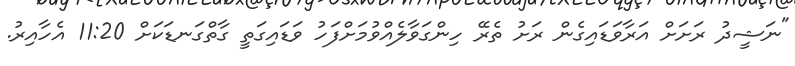
"ނަޝީދު ރަށަށް އަރާވަޑައިގެން ރަށު ތެރޭ ހިންގަވާލެއްވުމަށްފަހު ވަޑައިގަތީ ގާތްގަނޑަކަށް 11:20 އެހާއިރު.